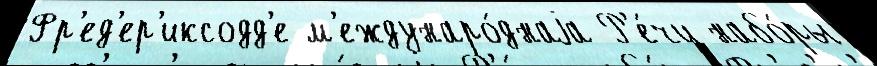
Фр'ед'ер'иксодд'е м'еждунаро́днаjа Р'е́чи набо́ры